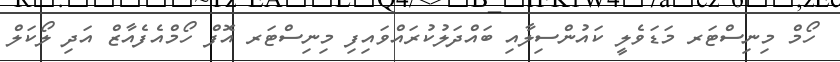
ހޯމް މިނިސްޓަރ މަޑަވެލީ ކައުންސިލާއި ބައްދަލުކުރައްވައިފި މިިނިސްޓަރ އޮފް ހޯމްއެފެއާޒް އަދި ލޯކަލް